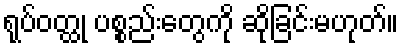
ရုပ်ဝတ္ထု ပစ္စည်းတွေကို ဆိုခြင်းမဟုတ်။